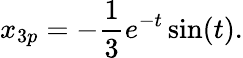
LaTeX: x_{3p}=-{\frac{1}{3}}e^{-t}\sin(t).